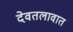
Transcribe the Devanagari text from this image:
देवतलावात